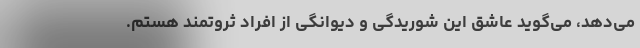
می‌دهد، می‌گوید عاشق این شوریدگی و دیوانگی از افراد ثروتمند هستم.